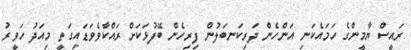
ރައީސް ޔާމީންގެ ހަމައެކަނި އަންހެން ދަރިކަނބަލުން ފިރިހެން ބޭފުޅަކަށް ރައްކާވެވަޑައިގަތީ މިއަދު ހަވީރު